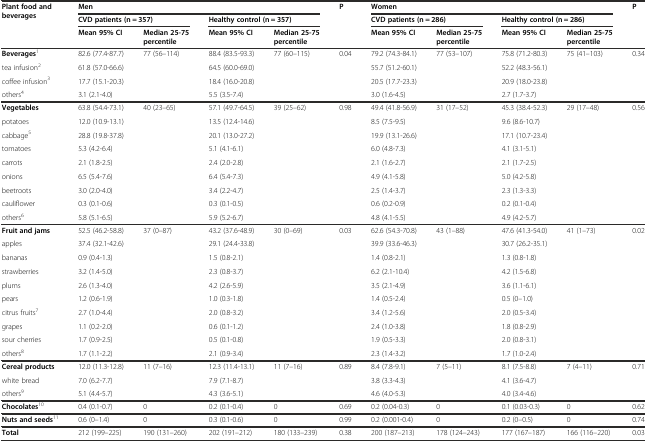
<table><thead><tr><td rowspan="3"><b>Plant food and beverages</b></td><td colspan="4"><b>Men</b></td><td rowspan="3"><b>P</b></td><td colspan="4"><b>Women</b></td><td rowspan="3"><b>P</b></td></tr><tr><td colspan="2"><b>CVD patients (n = 357)</b></td><td colspan="2"><b>Healthy control (n = 357)</b></td><td colspan="2"><b>CVD patients (n = 286)</b></td><td colspan="2"><b>Healthy control (n = 286)</b></td></tr><tr><td><b>Mean 95% CI</b></td><td><b>Median 25-75 percentile</b></td><td><b>Mean 95% CI</b></td><td><b>Median 25-75 percentile</b></td><td><b>Mean 95% CI</b></td><td><b>Median 25-75 percentile</b></td><td><b>Mean 95% CI</b></td><td><b>Median 25-75 percentile</b></td></tr></thead><tbody><tr><td><b>Beverages</b><sup>1</sup></td><td>82.6 (77.4-87.7)</td><td>77 (56–114)</td><td>88.4 (83.5-93.3)</td><td>77 (60–115)</td><td>0.04</td><td>79.2 (74.3-84.1)</td><td>77 (53–107)</td><td>75.8 (71.2-80.3)</td><td>75 (41–103)</td><td>0.34</td></tr><tr><td>tea infusion<sup>2</sup></td><td>61.8 (57.0-66.6)</td><td></td><td>64.5 (60.0-69.0)</td><td></td><td></td><td>55.7 (51.2-60.1)</td><td></td><td>52.2 (48.3-56.1)</td><td></td><td></td></tr><tr><td>coffee infusion<sup>3</sup></td><td>17.7 (15.1-20.3)</td><td></td><td>18.4 (16.0-20.8)</td><td></td><td></td><td>20.5 (17.7-23.3)</td><td></td><td>20.9 (18.0-23.8)</td><td></td><td></td></tr><tr><td>others<sup>4</sup></td><td>3.1 (2.1-4.0)</td><td></td><td>5.5 (3.5-7.4)</td><td></td><td></td><td>3.0 (1.6-4.5)</td><td></td><td>2.7 (1.7-3.7)</td><td></td><td></td></tr><tr><td><b>Vegetables</b></td><td>63.8 (54.4-73.1)</td><td>40 (23–65)</td><td>57.1 (49.7-64.5)</td><td>39 (25–62)</td><td>0.98</td><td>49.4 (41.8-56.9)</td><td>31 (17–52)</td><td>45.3 (38.4-52.3)</td><td>29 (17–48)</td><td>0.56</td></tr><tr><td>potatoes</td><td>12.0 (10.9-13.1)</td><td></td><td>13.5 (12.4-14.6)</td><td></td><td></td><td>8.5 (7.5-9.5)</td><td></td><td>9.6 (8.6-10.7)</td><td></td><td></td></tr><tr><td>cabbage<sup>5</sup></td><td>28.8 (19.8-37.8)</td><td></td><td>20.1 (13.0-27.2)</td><td></td><td></td><td>19.9 (13.1-26.6)</td><td></td><td>17.1 (10.7-23.4)</td><td></td><td></td></tr><tr><td>tomatoes</td><td>5.3 (4.2-6.4)</td><td></td><td>5.1 (4.1-6.1)</td><td></td><td></td><td>6.0 (4.8-7.3)</td><td></td><td>4.1 (3.1-5.1)</td><td></td><td></td></tr><tr><td>carrots</td><td>2.1 (1.8-2.5)</td><td></td><td>2.4 (2.0-2.8)</td><td></td><td></td><td>2.1 (1.6-2.7)</td><td></td><td>2.1 (1.7-2.5)</td><td></td><td></td></tr><tr><td>onions</td><td>6.5 (5.4-7.6)</td><td></td><td>6.4 (5.4-7.3)</td><td></td><td></td><td>4.9 (4.1-5.8)</td><td></td><td>5.0 (4.2-5.8)</td><td></td><td></td></tr><tr><td>beetroots</td><td>3.0 (2.0-4.0)</td><td></td><td>3.4 (2.2-4.7)</td><td></td><td></td><td>2.5 (1.4-3.7)</td><td></td><td>2.3 (1.3-3.3)</td><td></td><td></td></tr><tr><td>cauliflower</td><td>0.3 (0.1-0.6)</td><td></td><td>0.3 (0.1-0.5)</td><td></td><td></td><td>0.6 (0.2-0.9)</td><td></td><td>0.2 (0.1-0.4)</td><td></td><td></td></tr><tr><td>others<sup>6</sup></td><td>5.8 (5.1-6.5)</td><td></td><td>5.9 (5.2-6.7)</td><td></td><td></td><td>4.8 (4.1-5.5)</td><td></td><td>4.9 (4.2-5.7)</td><td></td><td></td></tr><tr><td><b>Fruit and jams</b></td><td>52.5 (46.2-58.8)</td><td>37 (0–87)</td><td>43.2 (37.6-48.9)</td><td>30 (0–69)</td><td>0.03</td><td>62.6 (54.3-70.8)</td><td>43 (1–88)</td><td>47.6 (41.3-54.0)</td><td>41 (1–73)</td><td>0.02</td></tr><tr><td>apples</td><td>37.4 (32.1-42.6)</td><td></td><td>29.1 (24.4-33.8)</td><td></td><td></td><td>39.9 (33.6-46.3)</td><td></td><td>30.7 (26.2-35.1)</td><td></td><td></td></tr><tr><td>bananas</td><td>0.9 (0.4-1.3)</td><td></td><td>1.5 (0.8-2.1)</td><td></td><td></td><td>1.4 (0.8-2.1)</td><td></td><td>1.3 (0.8-1.8)</td><td></td><td></td></tr><tr><td>strawberries</td><td>3.2 (1.4-5.0)</td><td></td><td>2.3 (0.8-3.7)</td><td></td><td></td><td>6.2 (2.1-10.4)</td><td></td><td>4.2 (1.5-6.8)</td><td></td><td></td></tr><tr><td>plums</td><td>2.6 (1.3-4.0)</td><td></td><td>4.2 (2.6-5.9)</td><td></td><td></td><td>3.5 (2.1-4.9)</td><td></td><td>3.6 (1.1-6.1)</td><td></td><td></td></tr><tr><td>pears</td><td>1.2 (0.6-1.9)</td><td></td><td>1.0 (0.3-1.8)</td><td></td><td></td><td>1.4 (0.5-2.4)</td><td></td><td>0.5 (0–1.0)</td><td></td><td></td></tr><tr><td>citrus fruits<sup>7</sup></td><td>2.7 (1.0-4.4)</td><td></td><td>2.0 (0.8-3.2)</td><td></td><td></td><td>3.4 (1.2-5.6)</td><td></td><td>2.0 (0.5-3.4)</td><td></td><td></td></tr><tr><td>grapes</td><td>1.1 (0.2-2.0)</td><td></td><td>0.6 (0.1-1.2)</td><td></td><td></td><td>2.4 (1.0-3.8)</td><td></td><td>1.8 (0.8-2.9)</td><td></td><td></td></tr><tr><td>sour cherries</td><td>1.7 (0.9-2.5)</td><td></td><td>0.5 (0.1-0.8)</td><td></td><td></td><td>1.9 (0.5-3.3)</td><td></td><td>2.0 (0.8-3.1)</td><td></td><td></td></tr><tr><td>others<sup>8</sup></td><td>1.7 (1.1-2.2)</td><td></td><td>2.1 (0.9-3.4)</td><td></td><td></td><td>2.3 (1.4-3.2)</td><td></td><td>1.7 (1.0-2.4)</td><td></td><td></td></tr><tr><td><b>Cereal products</b></td><td>12.0 (11.3-12.8)</td><td>11 (7–16)</td><td>12.3 (11.4-13.1)</td><td>11 (7–16)</td><td>0.89</td><td>8.4 (7.8-9.1)</td><td>7 (5–11)</td><td>8.1 (7.5-8.8)</td><td>7 (4–11)</td><td>0.71</td></tr><tr><td>white bread</td><td>7.0 (6.2-7.7)</td><td></td><td>7.9 (7.1-8.7)</td><td></td><td></td><td>3.8 (3.3-4.3)</td><td></td><td>4.1 (3.6-4.7)</td><td></td><td></td></tr><tr><td>others<sup>9</sup></td><td>5.1 (4.4-5.7)</td><td></td><td>4.3 (3.6-5.1)</td><td></td><td></td><td>4.6 (4.0-5.3)</td><td></td><td>4.0 (3.4-4.6)</td><td></td><td></td></tr><tr><td><b>Chocolates</b><sup>10</sup></td><td>0.4 (0.1-0.7)</td><td>0</td><td>0.2 (0.1-0.4)</td><td>0</td><td>0.69</td><td>0.2 (0.04-0.3)</td><td>0</td><td>0.1 (0.03-0.3)</td><td>0</td><td>0.62</td></tr><tr><td><b>Nuts and seeds</b><sup>11</sup></td><td>0.6 (0–1.4)</td><td>0</td><td>0.3 (0.1-0.6)</td><td>0</td><td>0.99</td><td>0.2 (0.001-0.4)</td><td>0</td><td>0.2 (0–0.5)</td><td>0</td><td>0.74</td></tr><tr><td><b>Total</b></td><td>212 (199–225)</td><td>190 (131–260)</td><td>202 (191–212)</td><td>180 (133–239)</td><td>0.38</td><td>200 (187–213)</td><td>178 (124–243)</td><td>177 (167–187)</td><td>166 (116–220)</td><td>0.03</td></tr></tbody></table>